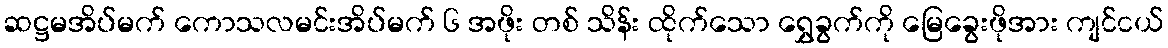
ဆဋ္ဌမအိပ်မက် ကောသလမင်းအိပ်မက် ၆ အဖိုး တစ် သိန်း ထိုက်သော ရွှေခွက်ကို မြေခွေးဖိုအား ကျင်ငယ်